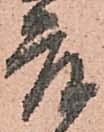
庫